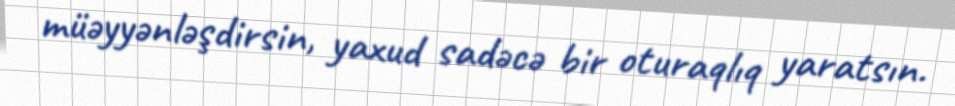
müəyyənləşdirsin, yaxud sadəcə bir oturaqlıq yaratsın.